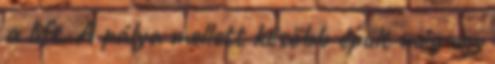
a lift. A pálya mellett később épült még egy